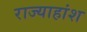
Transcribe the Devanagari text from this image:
राज्याहांश